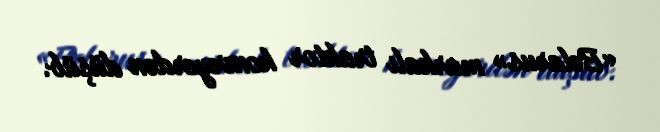
«Belarus» markalı traktor konveyerdən düşüb.